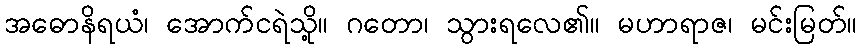
အဓောနိရယံ၊ အောက်ငရဲသို့။ ဂတော၊ သွားရလေ၏။ မဟာရာဇ၊ မင်းမြတ်။